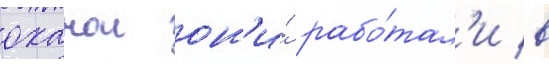
оханои он'и́ рабо́тал'и в